Sketch of the medical history of the native army of Bombay, for the year
Year: 1875
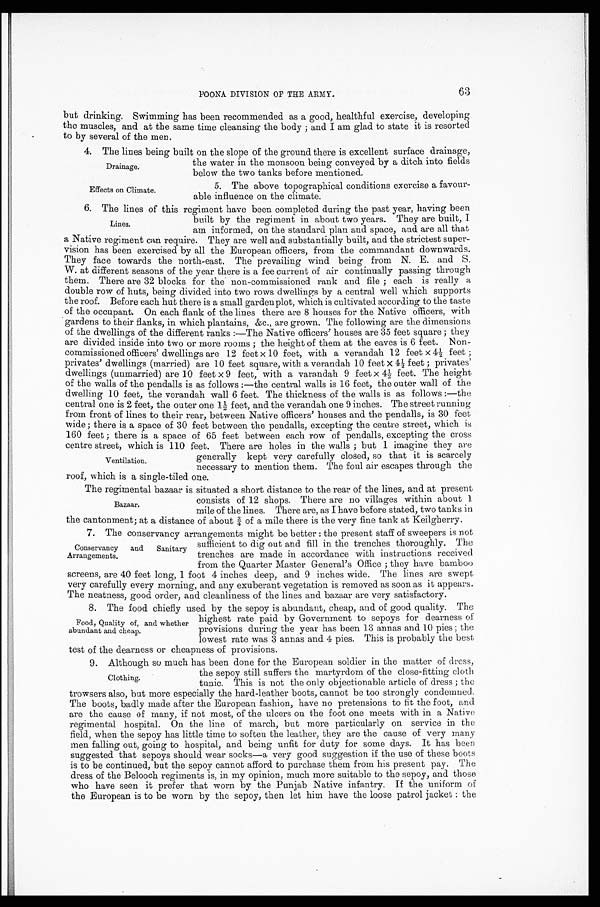
63
POONA DIVISION OF THE ARMY.
but drinking. Swimming has been recommended as a good, healthful exercise, developing
the muscles, and at the same time cleansing the body; and I am glad to state it is resorted
to by several of the men.
4. The lines being built on the slope of the ground there is excellent surface drainage,
the water in the monsoon being conveyed by a ditch into fields
below the two tanks before mentioned.
Drainage.
Effects on Climate.
5. The above topographical conditions exercise a favour
-able influence on the climate.
6. The lines of this regiment have been completed during the past year, having been
built by the regiment in about two years. They are built, I
am informed, on the standard plan and space, and are all that
a Native regiment can require. They are well and substantially built, and the strictest super
-
vision has been exercised by all the European officers, from the commandant downwards.
They face towards the north-east. The prevailing wind being from N. E. and S.
W. at different seasons of the year there is a fee current of air continually passing through
them. There are 32 blocks for the non-commissioned rank and file; each is really a
double row of huts, being divided into two rows dwellings by a central well which supports
the roof. Before each hut there is a small garden plot, which is cultivated according to the taste
of the occupant. On each flank of the lines there are 8 houses for the Native officers, with
gardens to their flanks, in which plantains, &c., are grown. The following are the dimensions
of the dwellings of the different ranks:—The Native officers' houses are 35 feet square; they
are divided inside into two or more rooms; the height of them at the eaves is 6 feet. Non
-
commissioned officers' dwellings are 12 feet×10 feet, with a verandah 12 feet×4½ feet;
privates' dwellings (married) are 10 feet square, with a verandah 10 feet×4½ feet; privates'
dwellings (unmarried) are 10 feet×9 feet, with a verandah 9 feet×4½ feet. The height
of the walls of the pendalls is as follows:—the central walls is 16 feet, the outer wall of the
dwelling 10 feet, the verandah wall 6 feet. The thickness of the walls is as follows:—the
central one is 2 feet, the outer one 1½ feet, and the verandah one 9 inches. The street running
from front of lines to their rear, between Native officers' houses and the pendalls, is 30 feet
wide; there is a space of 30 feet between the pendalls, excepting the centre street, which is
160 feet; there is a space of 65 feet between each row of pendalls, excepting the cross
centre street, which is 110 feet. There are holes in the walls; but I imagine they are
generally kept very carefully closed, so that it is scarcely
necessary to mention them. The foul air escapes through the
roof, which is a single-tiled one.
The regimental bazaar is situated a short distance to the rear of the lines, and at present
consists of 12 shops. There are no villages within about 1
mile of the lines. There are, as I have before stated, two tanks in
the cantonment; at a distance of about ¾ of a mile there is the very fine tank at Keilgherry.
7. The conservancy arrangements might be better: the present staff of sweepers is not
sufficient to dig out and fill in the trenches thoroughly. The
trenches are made in accordance with instructions received
from the Quarter Master General's Office; they have bamboo
screens, are 40 feet long, 1 foot 4 inches deep, and 9 inches wide. The lines are swept
very carefully every morning, and any exuberant vegetation is removed as soon as it appears.
The neatness, good order, and cleanliness of the lines and bazaar are very satisfactory.
8. The food chiefly used by the sepoy is abundant, cheap, and of good quality. The
highest rate paid by Government to sepoys for dearness of
provisions during the year has been 13 annas and 10 pies; the
lowest rate was 3 annas and 4 pies. This is probably the best
test of the dearness or cheapness of provisions.
9. Although so much has been done for the European soldier in the matter of dress,
the sepoy still suffers the martyrdom of the close-fitting cloth
tunic. This is not the only objectionable article of dress; the
trowsers also, but more especially the hard-leather boots, cannot be too strongly condemned.
The boots, badly made after the European fashion, have no pretensions to fit the foot, and
are the cause of many, if not most, of the ulcers on the foot one meets with in a Native
regimental hospital. On the line of march, but more particularly on service in the
field, when the sepoy has little time to soften the leather, they are the cause of very many
men falling out, going to hospital, and being unfit for duty for some days. It has been
suggested that sepoys should wear socks—a very good suggestion if the use of these boots
is to be continued, but the sepoy cannot afford to purchase them from his present pay. The
dress of the Belooch regiments is, in my opinion, much more suitable to the sepoy, and those
who have seen it prefer that worn by the Punjab Native infantry. If the uniform of
the European is to be worn by the sepoy, then let him have the loose patrol jacket: the
Lines.
Ventilation.
Bazaar.
Conservancy and Sanitary
Arrangements.
Food, Quality of, and whether
abundant and cheap.
Clothing.